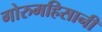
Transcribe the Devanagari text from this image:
गोरुमहिसानी